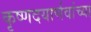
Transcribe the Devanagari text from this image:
कृष्णदयार्णवांच्या